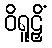
ဝိရူဠှိံ